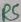
Text: R5